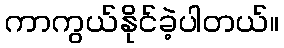
ကာကွယ်နိုင်ခဲ့ပါတယ်။